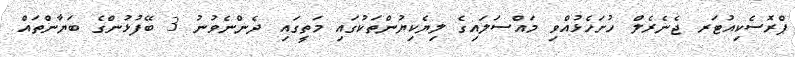
ޕްރޮސެކިއުޓަރ ޖެނެރެލް ހުށަހެޅުއްވި މައްސަލައިގެ ލިޔެކިޔުންތަކުގައި މަތީގައި ދެންނެވުނު 3 ބޭފުޅުންގެ ބަޔާންތައް